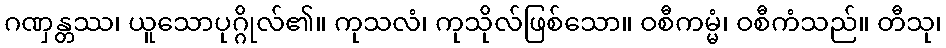
ဂဏှန္တဿ၊ ယူသောပုဂ္ဂိုလ်၏။ ကုသလံ၊ ကုသိုလ်ဖြစ်သော။ ဝစီကမ္မံ၊ ဝစီကံသည်။ တီသု၊